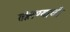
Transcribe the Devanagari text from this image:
तोलण्याची